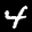
Label: 4